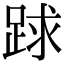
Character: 䟵